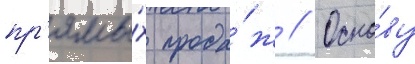
пр'ямы́х прода́ж // Осно́ву